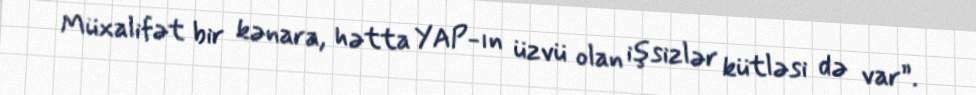
Müxalifət bir kənara, hətta YAP-ın üzvü olan işsizlər kütləsi də var”.